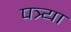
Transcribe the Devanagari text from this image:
पत्र्या